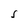
Character: S